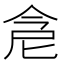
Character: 𠉞